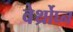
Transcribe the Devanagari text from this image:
वेर्थ्रोघ्न